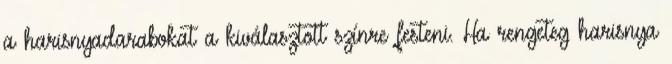
a harisnyadarabokat a kiválasztott színre festeni. Ha rengeteg harisnya